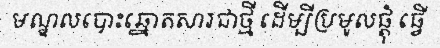
មណ្ឌលបោះឆ្នោតសារជាថ្មី ដើម្បីប្រមូលផ្តុំ ធ្វើ